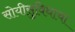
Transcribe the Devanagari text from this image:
सोयीसुविधाचा